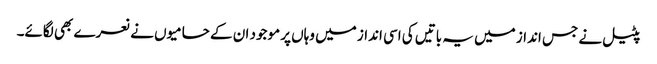
پٹیل نے جس انداز میں یہ باتیں کی اسی انداز میں وہاں پر موجود ان کے حامیوں نے نعرے بھی لگائے۔